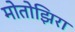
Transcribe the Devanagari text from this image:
मोतोझिरा